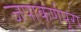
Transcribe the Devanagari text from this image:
जपाकर्णपूरा